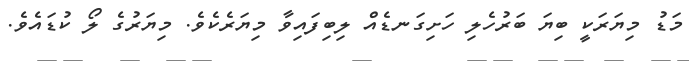
މަޑު މިޔަރަކީ ބިޔަ ބަރުހެލި ހަށިގަނޑެއް ލިބިފައިވާ މިޔަރެކެވެ. މިޔަރުގެ ލޯ ކުޑައެވެ.